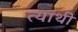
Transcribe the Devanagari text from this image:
त्यांथी